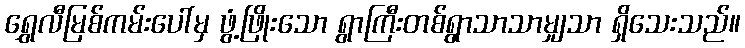
ရွှေလီမြစ်ကမ်းပေါ်မှ ဖွံ့ဖြိုးသော ရွာကြီးတစ်ရွာသာသာမျှသာ ရှိသေးသည်။